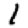
Digit: 1